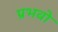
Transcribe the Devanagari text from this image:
प्रभवो